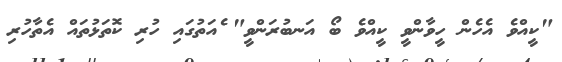
"ކީއްވެ އެހެން ހީވާންވީ ކީއްވެ ބޯ އަނބުރަންވީ" ެއަތުގައި ހުރި ކޮތަޅުތައް އެތާހުރި